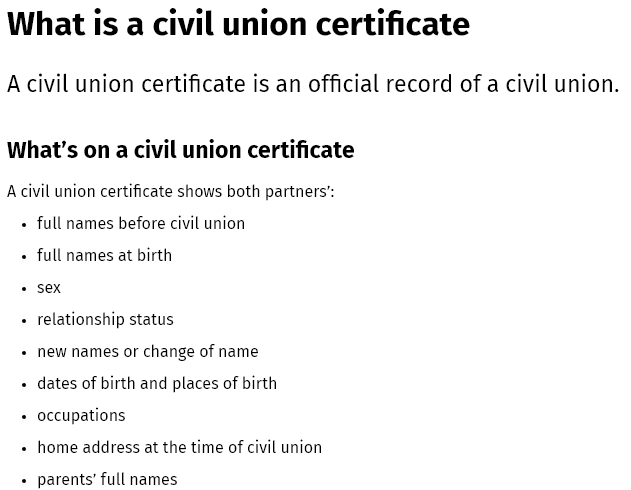
What is a civil   union certificate
  A civil union certificate is an official record of a civil union.
  What's on a civil union certificate
  Acivil union certificate shows both partners’:
    full names before civil union
    full names at birth
    sex
    relationship status
    new names or change of name
    dates of birth and places of birth
    occupations
    home address at the time of civil union
    parents’ full names